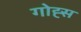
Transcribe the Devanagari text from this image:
गोह्स